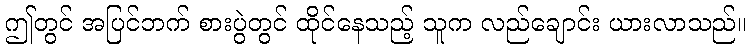
ဤတွင် အပြင်ဘက် စားပွဲတွင် ထိုင်နေသည့် သူက လည်ချောင်း ယားလာသည်။